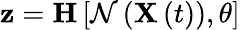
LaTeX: \mathbf{z}=\mathbf{{H}}\left[\mathcal{{N}}\left(\mathbf{{X}}\left(t\right)\right),\theta\right]